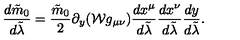
{ \frac { d \tilde { m } _ { 0 } } { d \tilde { \lambda } } } = { \frac { \tilde { m } _ { 0 } } { 2 } } \partial _ { y } ( { \cal W } g _ { \mu \nu } ) { \frac { d x ^ { \mu } } { d \tilde { \lambda } } } { \frac { d x ^ { \nu } } { d \tilde { \lambda } } } { \frac { d y } { d \tilde { \lambda } } } .